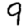
Digit: 9